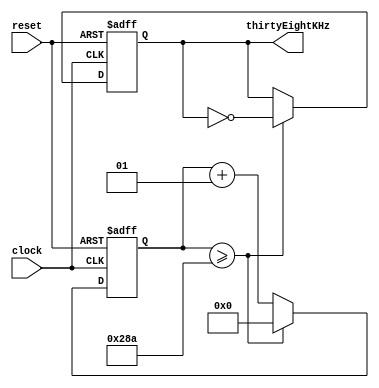
module freq38K(reset,clock,thirtyEightKHz);
input reset,clock;
output thirtyEightKHz;

reg thirtyEightKHz;
integer count;

always @(negedge reset or posedge clock)
begin
 if (reset == 0)
begin
 thirtyEightKHz =0;
count = 0;
end else
begin
 if (count>= 650) begin
count = 0;
thirtyEightKHz = ~thirtyEightKHz;
end else
count= count +1;
end
end
endmodule